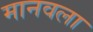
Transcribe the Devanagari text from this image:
मानवला